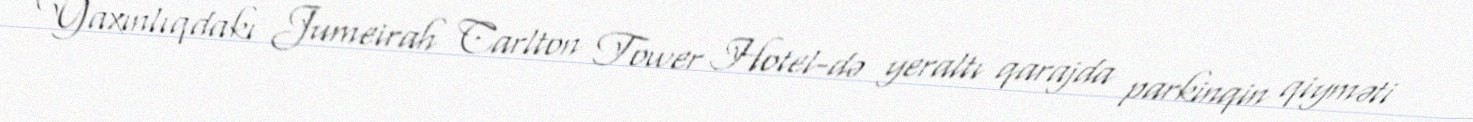
Yaxınlıqdakı Jumeirah Carlton Tower Hotel-də yeraltı qarajda parkinqin qiyməti